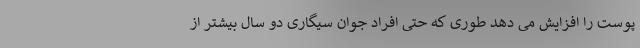
پوست را افزایش می دهد طوری که حتی افراد جوان سیگاری دو سال بیشتر از